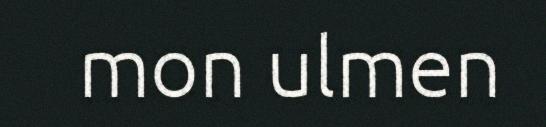
mon ulmen